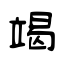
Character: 竭